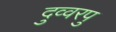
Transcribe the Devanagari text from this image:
दुव्वरपु